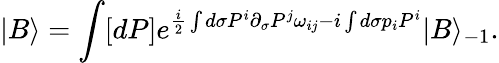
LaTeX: |B\rangle=\int[dP]e^{\frac{i}{2}\int d\sigma P^{i}\partial_{\sigma}P^{j}\omega_{ij}-i\int d\sigma p_{i}P^{i}}|B\rangle_{-1}.